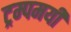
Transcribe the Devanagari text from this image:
ट्रम्पमयी